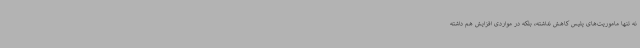
نه تنها ماموریت‌های پلیس کاهش نداشته، بلکه در مواردی افزایش هم داشته